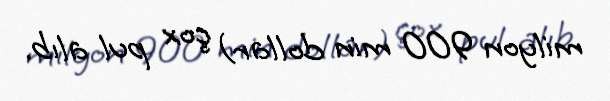
milyon 900 min dollar) çox pul alıb.